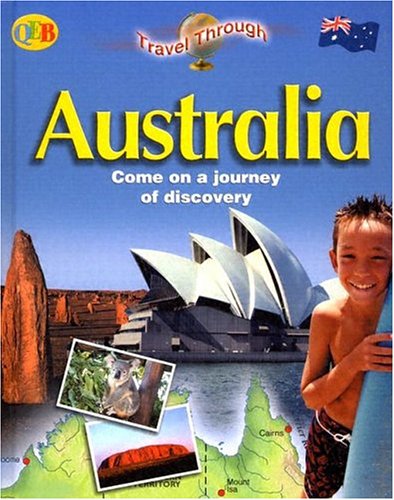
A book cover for Australia (Travel Through); Elaine Jackson; Teen & Young Adult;